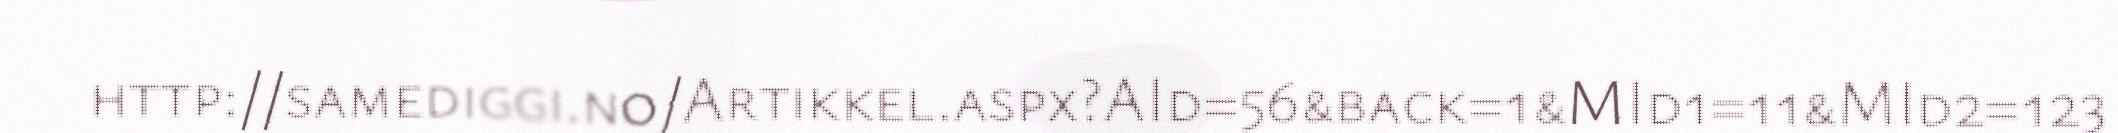
http://samediggi.no/Artikkel.aspx?AId=56&back=1&MId1=11&MId2=123